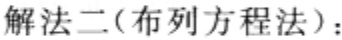
解法二(布列方程法)：